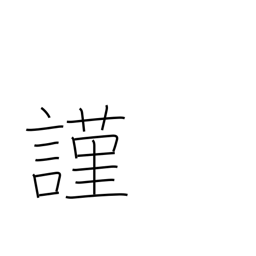
Meaning: humbly